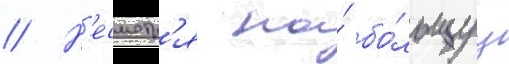
// Н'есмотр'я на́ бо́льшуу